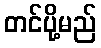
တင်ပို့မည်